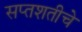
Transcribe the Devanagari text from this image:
सप्तशतीचे